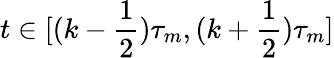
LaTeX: t\in[(k-\frac 12)\tau_{m},(k+\frac 12)\tau_{m}]